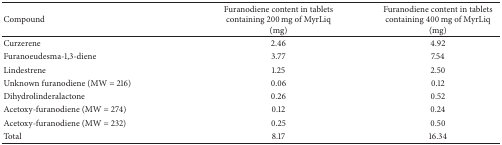
<table><thead><tr><td><b>Compound</b></td><td><b>Furanodiene content in tablets containing 200 mg of MyrLiq (mg)</b></td><td><b>Furanodiene content in tablets containing 400 mg of MyrLiq (mg)</b></td></tr></thead><tbody><tr><td>Curzerene</td><td>2.46</td><td>4.92</td></tr><tr><td>Furanoeudesma-1,3-diene</td><td>3.77</td><td>7.54</td></tr><tr><td>Lindestrene</td><td>1.25</td><td>2.50</td></tr><tr><td>Unknown furanodiene (MW = 216)</td><td>0.06</td><td>0.12</td></tr><tr><td>Dihydrolinderalactone</td><td>0.26</td><td>0.52</td></tr><tr><td>Acetoxy-furanodiene (MW = 274)</td><td>0.12</td><td>0.24</td></tr><tr><td>Acetoxy-furanodiene (MW = 232)</td><td>0.25</td><td>0.50</td></tr><tr><td>Total</td><td>8.17</td><td>16.34</td></tr></tbody></table>